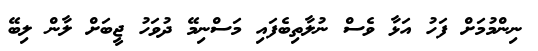
ނިންމުމަށް ފަހު އަޅާ ވެސް ނުލާތިބެފައި މަސްނިމޭ ދުވަހު ޖީބަށް ލާން ލިބޭ